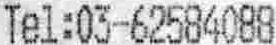
TEL:03-62584088